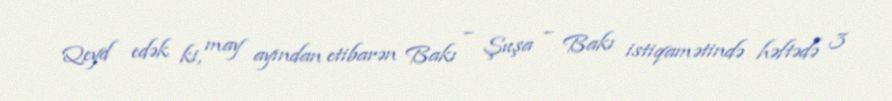
Qeyd edək ki, may ayından etibarən Bakı – Şuşa – Bakı istiqamətində həftədə 3